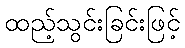
ထည့်သွင်းခြင်းဖြင့်